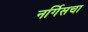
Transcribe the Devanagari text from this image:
नर्गिसचा